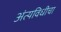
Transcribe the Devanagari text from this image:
अंत्यविधीचा